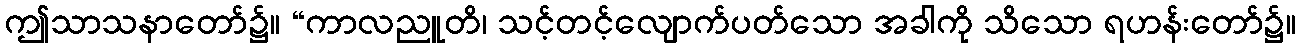
ဤသာသနာတော်၌။ “ကာလညူတိ၊ သင့်တင့်လျောက်ပတ်သော အခါကို သိသော ရဟန်းတော်၌။